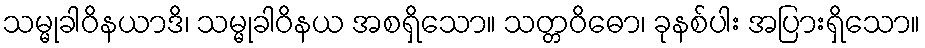
သမ္မုခါဝိနယာဒိ၊ သမ္မုခါဝိနယ အစရှိသော။ သတ္တဝိဓော၊ ခုနစ်ပါး အပြားရှိသော။